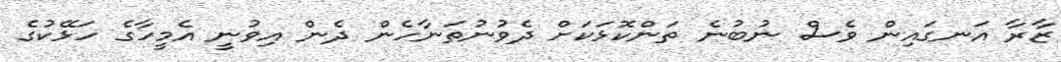
ޒާރާ އަނގައިން ވެސް ނުބުނެ ތަންކޮޅަކަށް ދެވުނުތަނާހެން ދެން އިވުނީ އެމީހާގެ ހަޅޭކުގެ